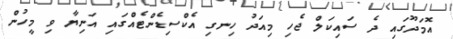
އޮމަދޫގައި ދެ ސައިކަލް ޖެހި މިއަދު ހިނގި އެކްސިޑެންޓެއްގައި އަނިޔާ ވި މީހުން